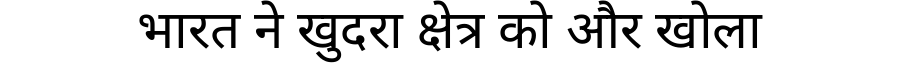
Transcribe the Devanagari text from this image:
भारत ने खुदरा क्षेत्र को और खोला